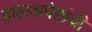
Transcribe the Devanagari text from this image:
हालअपेष्टांची